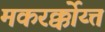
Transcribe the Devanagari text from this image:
मकरर्क्कोय्त्त